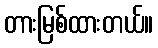
တားမြစ်ထားတယ်။